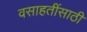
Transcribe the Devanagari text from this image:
वसाहतींसाठी